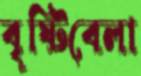
বৃষ্টিবেলা